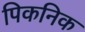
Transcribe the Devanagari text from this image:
पिकनिक